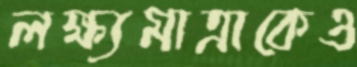
লক্ষ্যমাত্রাকেও